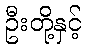
ဦးတို့နှင့်